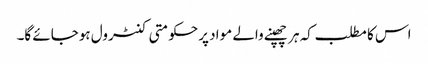
اس کا مطلب کہ ہر چھپنے والے مواد پرحکومتی کنٹرول ہوجائے گا۔